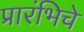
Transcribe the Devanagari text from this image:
प्रारंभिचे